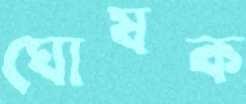
ঘোষক